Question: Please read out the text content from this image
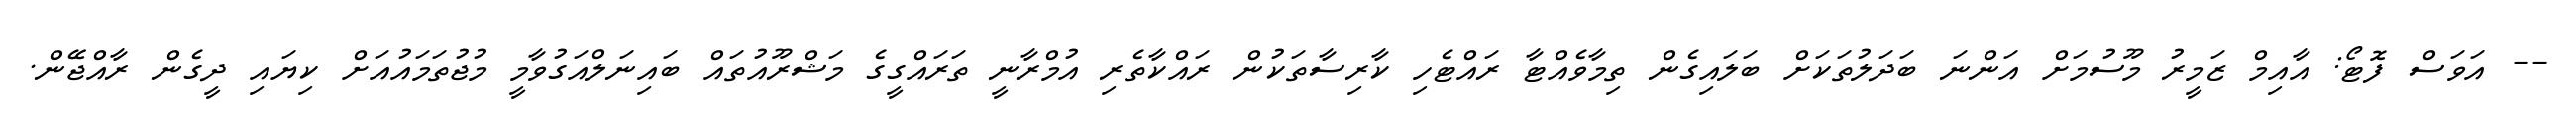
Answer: -- އަވަސް ފޮޓޯ: އާއިމް ޒަމީރު މޫސުމަށް އަންނަ ބަދަލުތަކަށް ބަލައިގެން ތިމާވެއްޓާ ރައްޓެހި ކާރިސާތަކުން ރައްކާތެރި އުމްރާނީ ތަރައްގީގެ މަޝްރޫއުތައް ބައިނަލްއަގުވާމީ މުޖުތަމައުއަށް ކިޔައި ދީގެން ރާއްޖޭން.